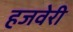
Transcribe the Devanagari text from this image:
हजवेरी